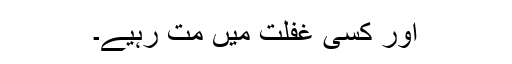
اور کسی غفلت میں مت رہیے۔